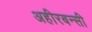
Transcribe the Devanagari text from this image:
अहीरबन्सी